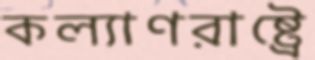
কল্যাণরাষ্ট্রে